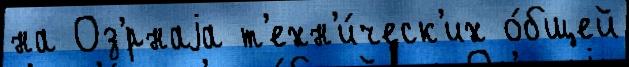
на Оз'́рнаjа т'ехн'и́ческ'их о́бщей